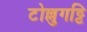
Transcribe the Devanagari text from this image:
टोल्लुगट्टि